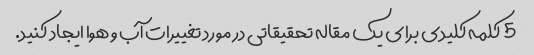
5 کلمه کلیدی برای یک مقاله تحقیقاتی در مورد تغییرات آب و هوا ایجاد کنید.